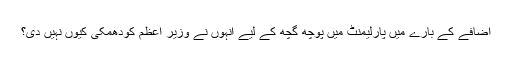
اضافے کے بارے میں پارلیمنٹ میں پوچھ گچھ کے لیے انہوں نے وزیر اعظم کودھمکی کیوں نہیں دی؟